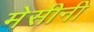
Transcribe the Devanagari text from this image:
मेसीनी